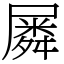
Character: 𡳞